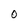
Character: O